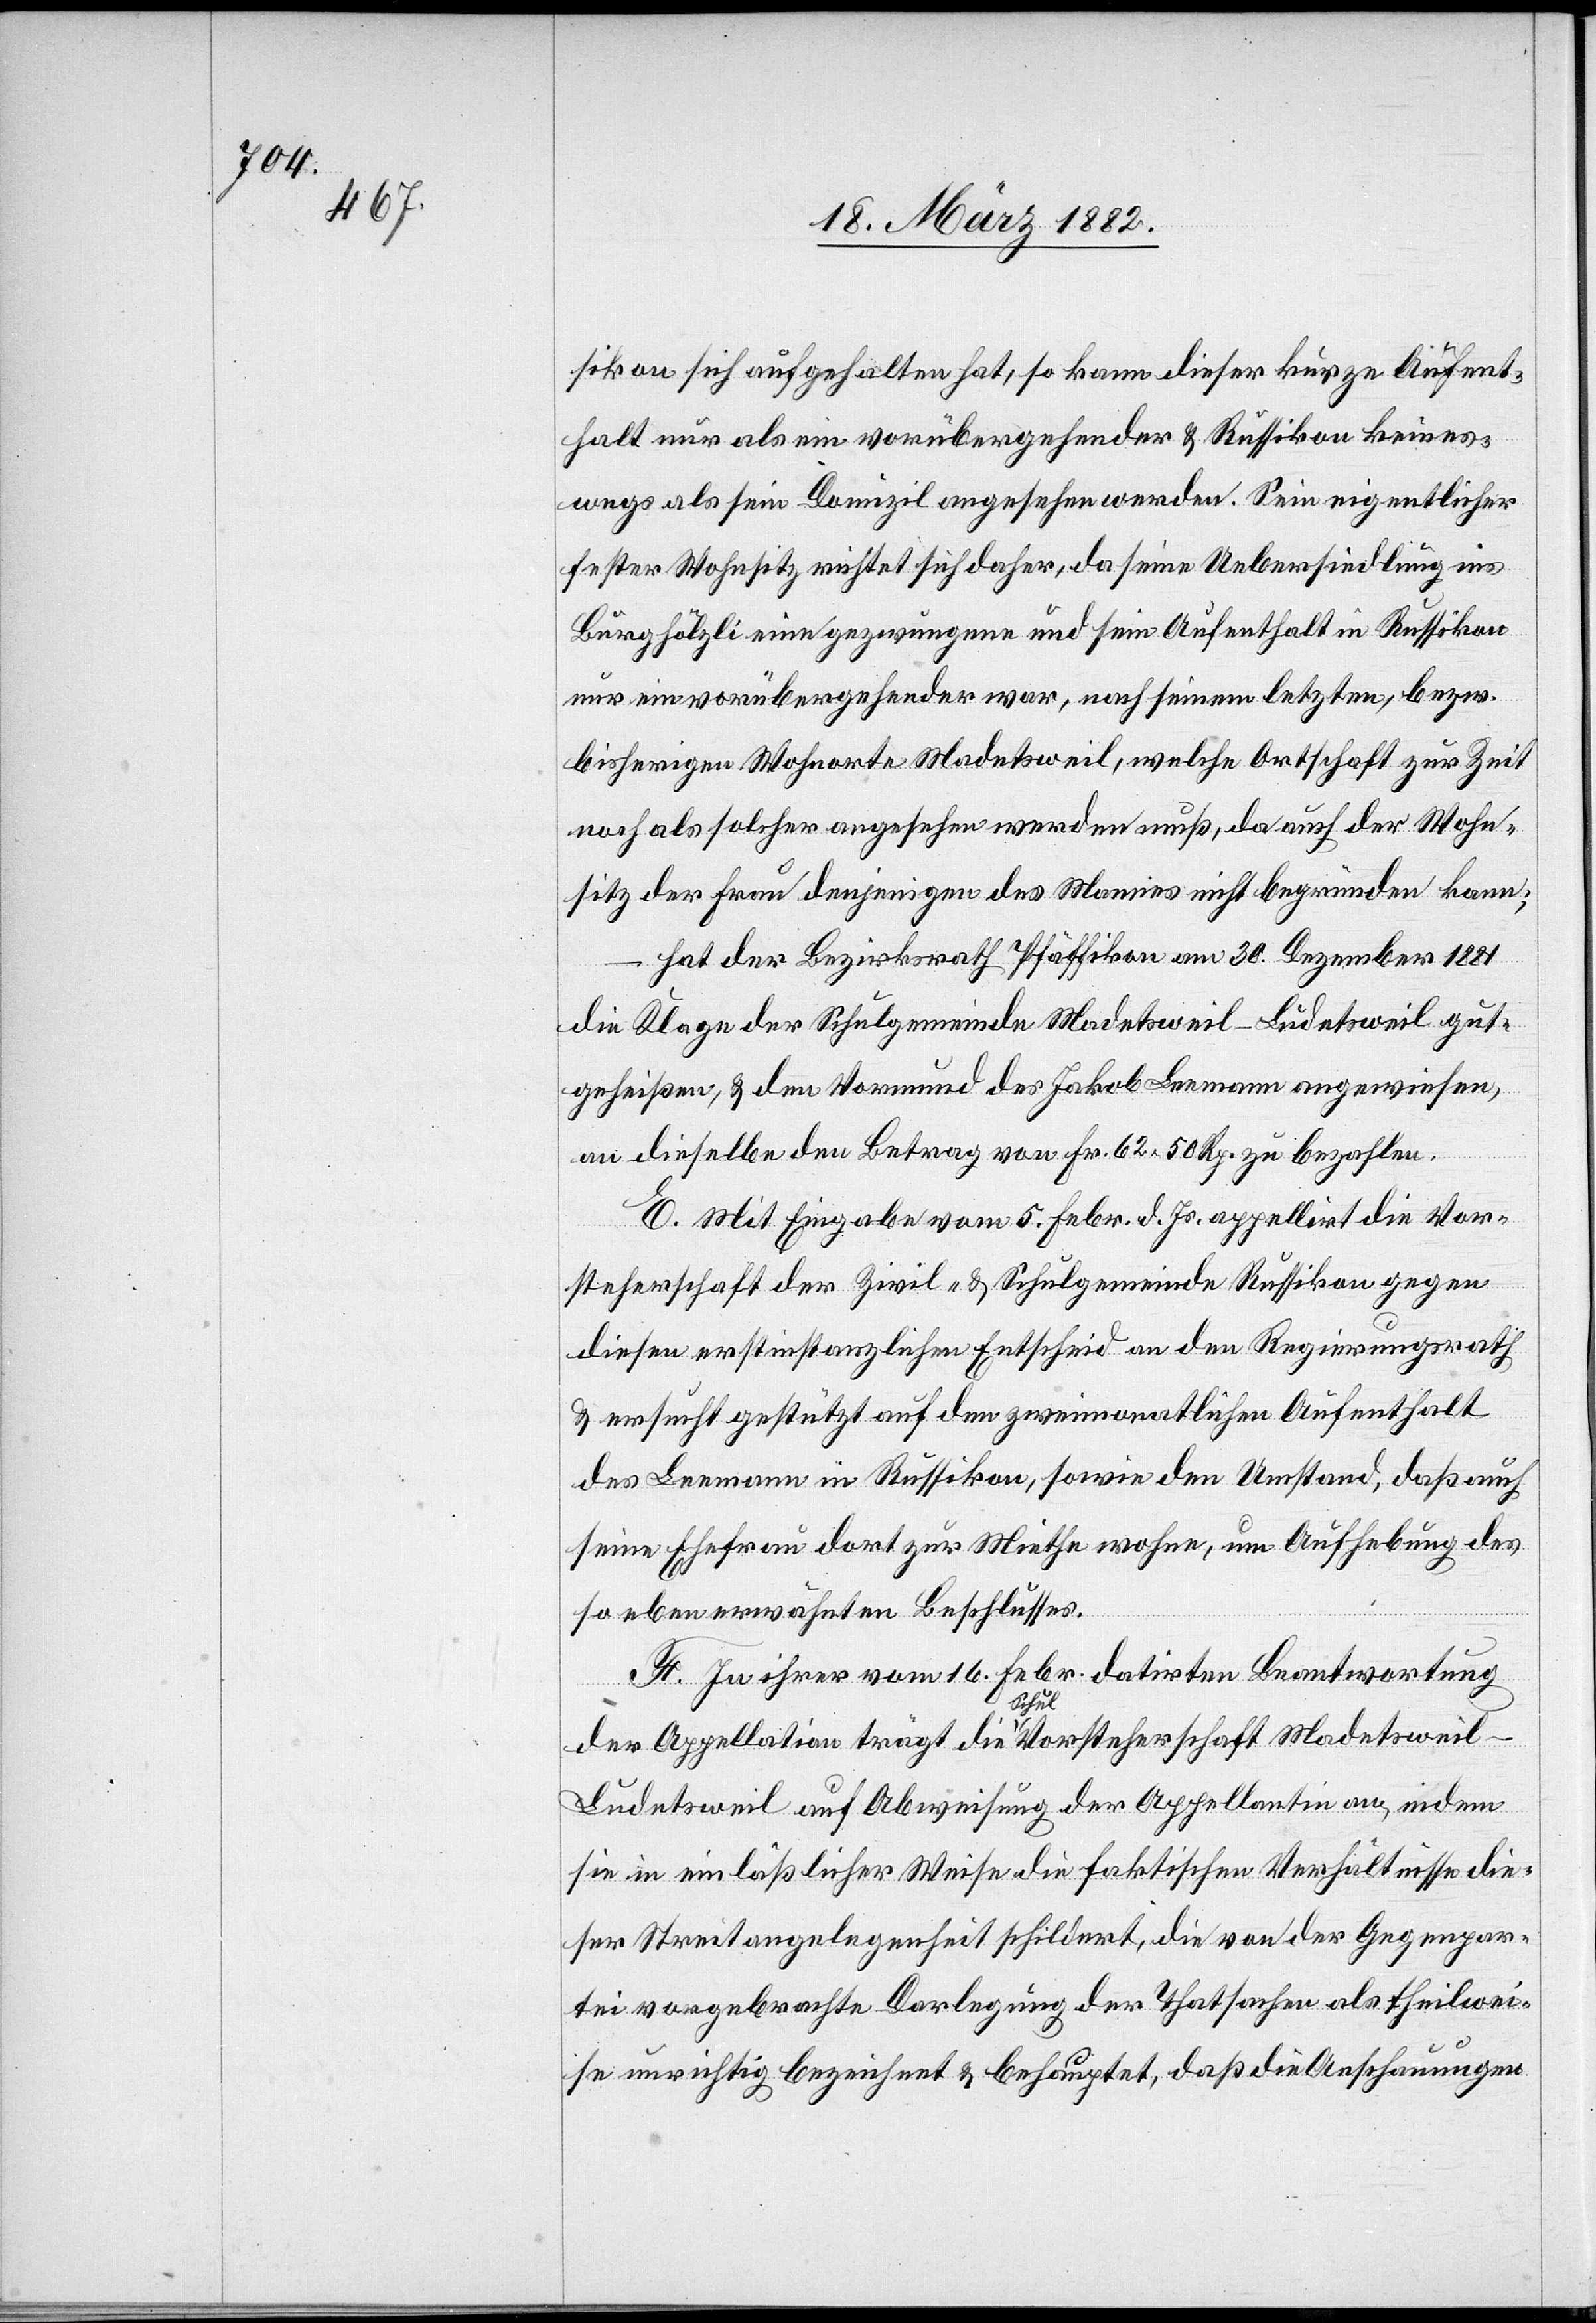
sikon sich aufgehalten hat, so kann dieser kurze Aufent¬
halt nur als ein vorübergehender & Russikon keines¬
wegs als sein Domizil angesehen werden. Sein eigentlicher
fester Wohnsitz richtet sich daher, da seine Uebersiedlung ins
Burghölzli eine gezwungene und sein Aufenthalt in Russikon
nur ein vorübergehender war, nach seinem letzten, bezw.
bisherigen Wohnorte Madetsweil, welche Ortschaft zur Zeit
noch als solcher angesehen werden muß, da auch der Wohn¬
sitz der Frau denjenigen des Namens nicht begründen kann;
hat der Bezirksrath Pfäffikon am 30. Dezember 1881
die Klage der Schulgemeinde Madetsweil-Ludetsweil gut¬
geheißen, & den Vormund des Jakob Leemann angewiesen,
an dieselbe den Betrag von Fr. 62 50 Rp. zu bezahlen.
E. Mit Eingabe vom 5. Febr. d. Js. appellirt die Vor¬
steherschaft der Zivil- & Schulgemeinde Russikon gegen
diesen erstinstanzlichen Entscheid an den Regierungsrath
& ersucht gestützt auf den zweimonatlichen Aufenthalt
des Leemann in Russikon, sowie den Umstand, daß auch
seine Ehefrau dort zur Miethe wohne, um Aufhebung des
so eben erwähnten Beschlusses.
F. In ihrer vom 16. Febr. datirten Beantwortung
der Appellation trägt die a-Schul-a Vorsteherschaft Madetsweil-L¬
udetsweil auf Abweisung der Appellatin an, indem
sie in einläßlicher Weise die faktischen Verhältnisse die¬
ser Streitangelegenheit schildert, die von der Gegenpar¬
tei vorgebrachte Darlegung der Thatsache als theilwei¬
se unrichtig bezeichnet & behauptet, daß die Anschauungen